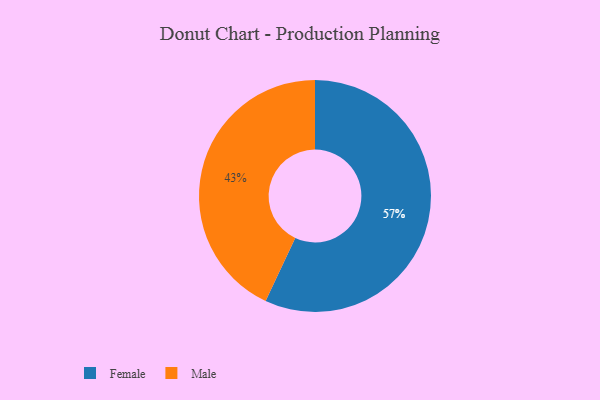
{"axis": {"x": "Category", "y": "Percentage"}, "legend": ["Female", "Male"], "data": [{"x": "Male", "y": 43, "type": "Male"}, {"x": "Female", "y": 57, "type": "Female"}]}